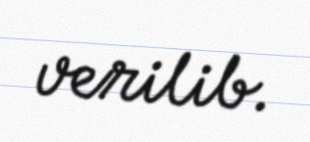
verilib.